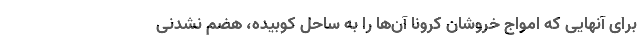
برای آنهایی که امواج خروشان کرونا آن‌ها را به ساحل کوبیده، هضم نشدنی